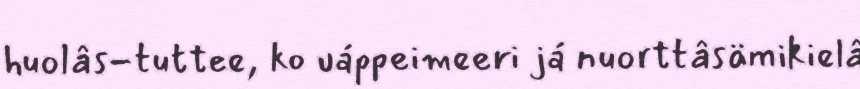
huolâs-tuttee, ko uáppeimeeri já nuorttâsämikielâ